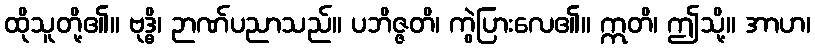
ထိုသူတို့၏။ ဗုဒ္ဓိ၊ ဉာဏ်ပညာသည်။ ပဘိဇ္ဇတိ၊ ကွဲပြားလေ၏။ ဣတိ၊ ဤသို့။ အာဟ၊